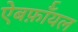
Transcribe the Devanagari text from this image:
ऐबर्फ़ाॅयल